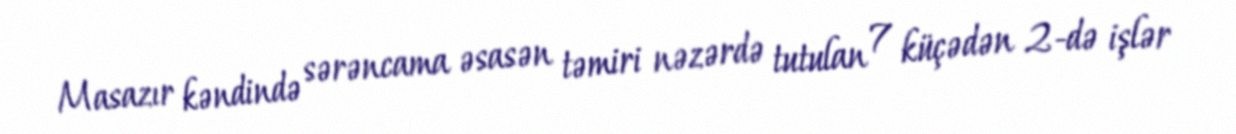
Masazır kəndində sərəncama əsasən təmiri nəzərdə tutulan 7 küçədən 2-də işlər